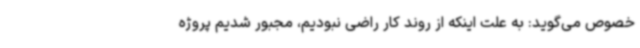
خصوص می‌گوید: به علت اینکه از روند کار راضی نبودیم، مجبور شدیم پروژه